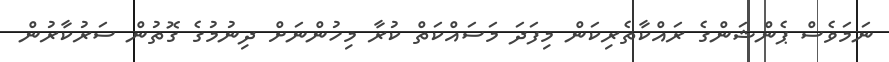
ނަމަވެސް ޕެންޝަންގެ ރައްކާތެރިކަން މިފަދަ މަސައްކަތް ކުރާ މިހުންނަށް ދިނުމުގެ ގޮތުން ސަރުކާރުން